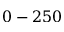
0 - 2 5 0